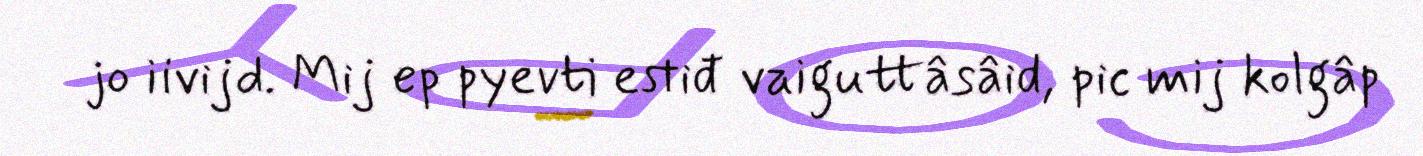
jo iivijd. Mij ep pyevti estiđ vaiguttâsâid, pic mij kolgâp